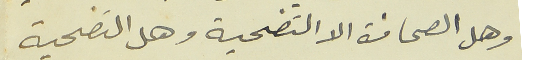
وهل الصحافة الا التضحية وهل التضحية